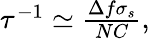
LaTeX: \begin{array}{r}{\tau^{-1}\simeq\frac{\Delta f\sigma_{s}}{NC},}\end{array}